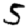
Digit: 5